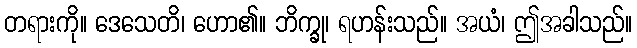
တရားကို။ ဒေသေတိ၊ ဟော၏။ ဘိက္ခု၊ ရဟန်းသည်။ အယံ၊ ဤအခါသည်။